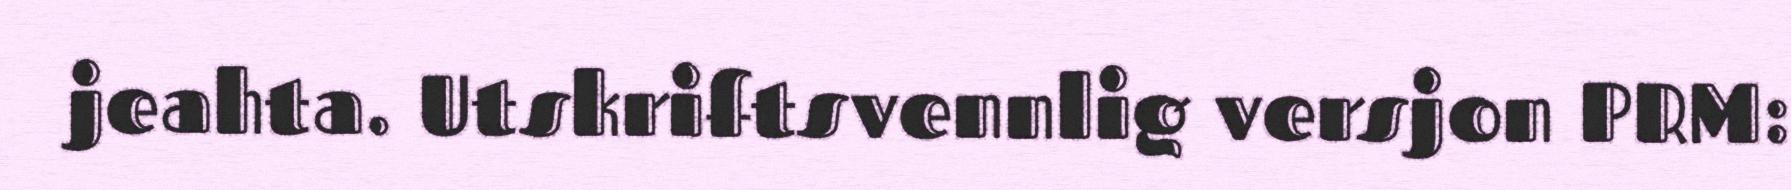
jeahta. Utskriftsvennlig versjon PRM: